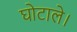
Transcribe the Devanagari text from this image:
घोटाले।